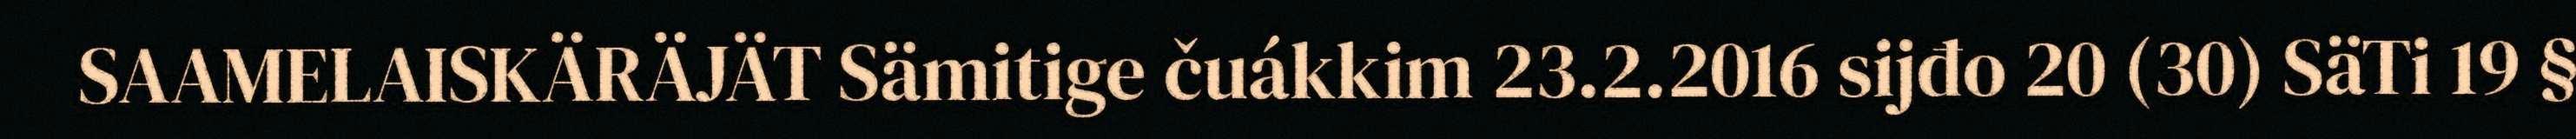
SAAMELAISKÄRÄJÄT Sämitige čuákkim 23.2.2016 sijđo 20 (30) SäTi 19 §